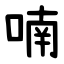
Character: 喃